King Institute of Preventive Medicine Micro-Biological Section reports 1909-11
Year: 1909
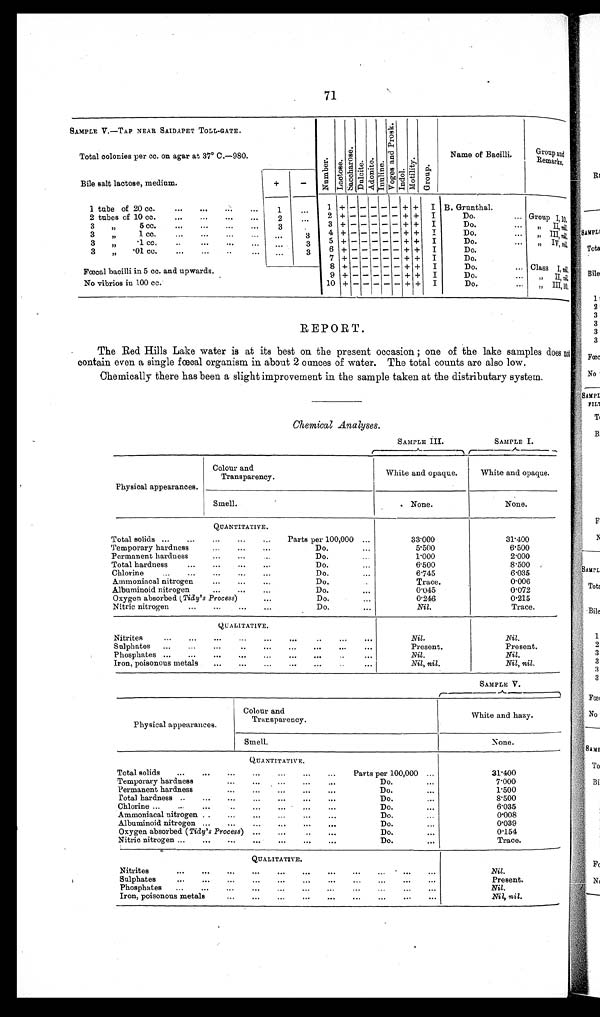
71
SAMPLE V.—TAP NEAR SAIDAPET TOLL-GATE.
N u m b e r .
L a c t o s e .
S a c c h a r o s e .
D u l c i t e .
A d o n i t e .
I n u l i n e . V o g e s a n d P r o s k .
I n d o l .
M o t i l i t y .
G r o u p .
Name of Bacilli.
Group and
Remarks.
Total colonies per cc. on agar at 37° C.—980.
Bile salt lactose, medium.
+
-
1 tube of 20 cc.
. . .
. . .
. . .
1
. . .
1
+
- - - - -
+ + I B. Grunthal.
2 tubes of 10 cc.
...
. . .
. . .
. . .
2
. . .
2 +
- - - - -
+ + I
Do.
. . .
Group I, 10,
3 ,, 5 cc.
...
...
. . .
. . .
3
.
3
+ - - - - -
+ + I
Do.
. . .
, , I I ,
n i l
.
3 ,, 1 cc. ...
... ...
... ...
3
4
+ - - -
- - +
+
I
Do.
... „ III, nil.
3 ,, .1 cc,
...
...
...
. . .
3
5
+ - - - - -
+ + I
Do.
. . .
„ IV, nil.
3 „ .01 cc. ...
. . .
..
...
. . .
3
6
+ - - - - -
+ + I
Do.
7
+ - - - - -
+ + I
Do.
8 + - - - - -
+ + I
Do.
... Class I, n i l .
Fœ cal bacilli in 5 cc. and upwards
9 + - - - - -
+ + I
Do.
. . .
ni l.
No vibrios in 100 cc.
10
+ - - - - -
+ + I
Do.
. . .
,, III, 10.
REPORT.
The Red Hills Lake water is at its best on the present occasion. ; one of the lake samples does not
contain even a single fœcal organism in about 2 ounces of water. The total counts are also low.
Chemically there has been a slight improvement in the sample taken at the distributary system.
Chemical Analyses.
SAMPLE III.
SAMPLE I.
Physical appearances.
Colour and
Transparency.
White and opaque.
White and opaque.
Smell.
None.
None.
QUANTITATIVE.
Total solids ...
...
...
...
... Parts per 100,000 ...
33.000
31.400
Temporary hardness
...
...
...
Do.
...
5.500
6.500
Permanent hardness
... ...
. . .
Do.
1.000
2.000
Total hardness
...
...
...
...
Do.
...
6.500
8.500
Chlorine
...
...
. . .
. . .
. . .
Do.
...
6.745
6.035
Ammoniacal nitrogen
...
...
...
Do.
. . .
Trace.
0.006
Albuminoid nitroge
...
. . .
. . . Do. ...
0.045
0.072
Oxygen absorbed ( Tidy's Process)
. . .
Do.
...
0.246
0.215
Nitric nitrogen
... ...
. . .
. . .
Do.
...
Nil.
Trace.
QUALITATIVE.
Nitrites...
...
. . .
. . .
. . .
. . .
. . .
. . .
. . . Nil.
Nil.
Sulphates ...
...
...
..
... ... ...
...
...
Present.
Present.
Phosphates ... ...
... ... ...
... ... ...
...
Nil.
Nil.
Iron, poisonous metals ... ...
...
. . .
. . .
...
...
Nil, nil.
Nil, nil.
SAMPLE V.
Physical appearances.
Colour and
Transparency.
White and hazy.
Smell.
None.
QUANTITATIVE.
Total solids ...
... ...
...
. . .
...
Parts per 100,000 ...
31.400
Temporary hardness
. . .
...
. . .
...
...
Do.
. . . 7.000
Permanent hardness
. . .
...
...
... ...
Do.
...
1.500
Total hardness ... ...
. . .
...
... ...
...
Do.
...
8.500
Chlorine ...
...
...
. . .
... ... ...
...
Do.
...
6.035
Ammoniacal nitrogen ...
. . .
... ...
...
...
Do.
. . . 0.008
Albuminoid nitrogen ... ...
... ... ...
. . .
Do.
. . . 0.039
Oxygen absorbed ( Tidy's Process) ...
...
. . .
...
Do.
...
0.154
Nitric nitrogen ...
...
. . .
... ...
. . .
. . .
Do.
...
Trace.
QUALITATIVE.
N i t r i t e s
...
. . .
. . .
... ... ...
. . .
. . .
. . .
. . . Nil.
Sul phat es ... ...
. . .
...
. . .
...
. . .
...
...
...
Present.
Phosphates ...
...
. . .
... ... ...
. . .
. . .
. . .
. . .
...
Nil.
Iron, poisonous metals
. . . . . .
...
... ... ... ...
. . .
...
Nil, nil.